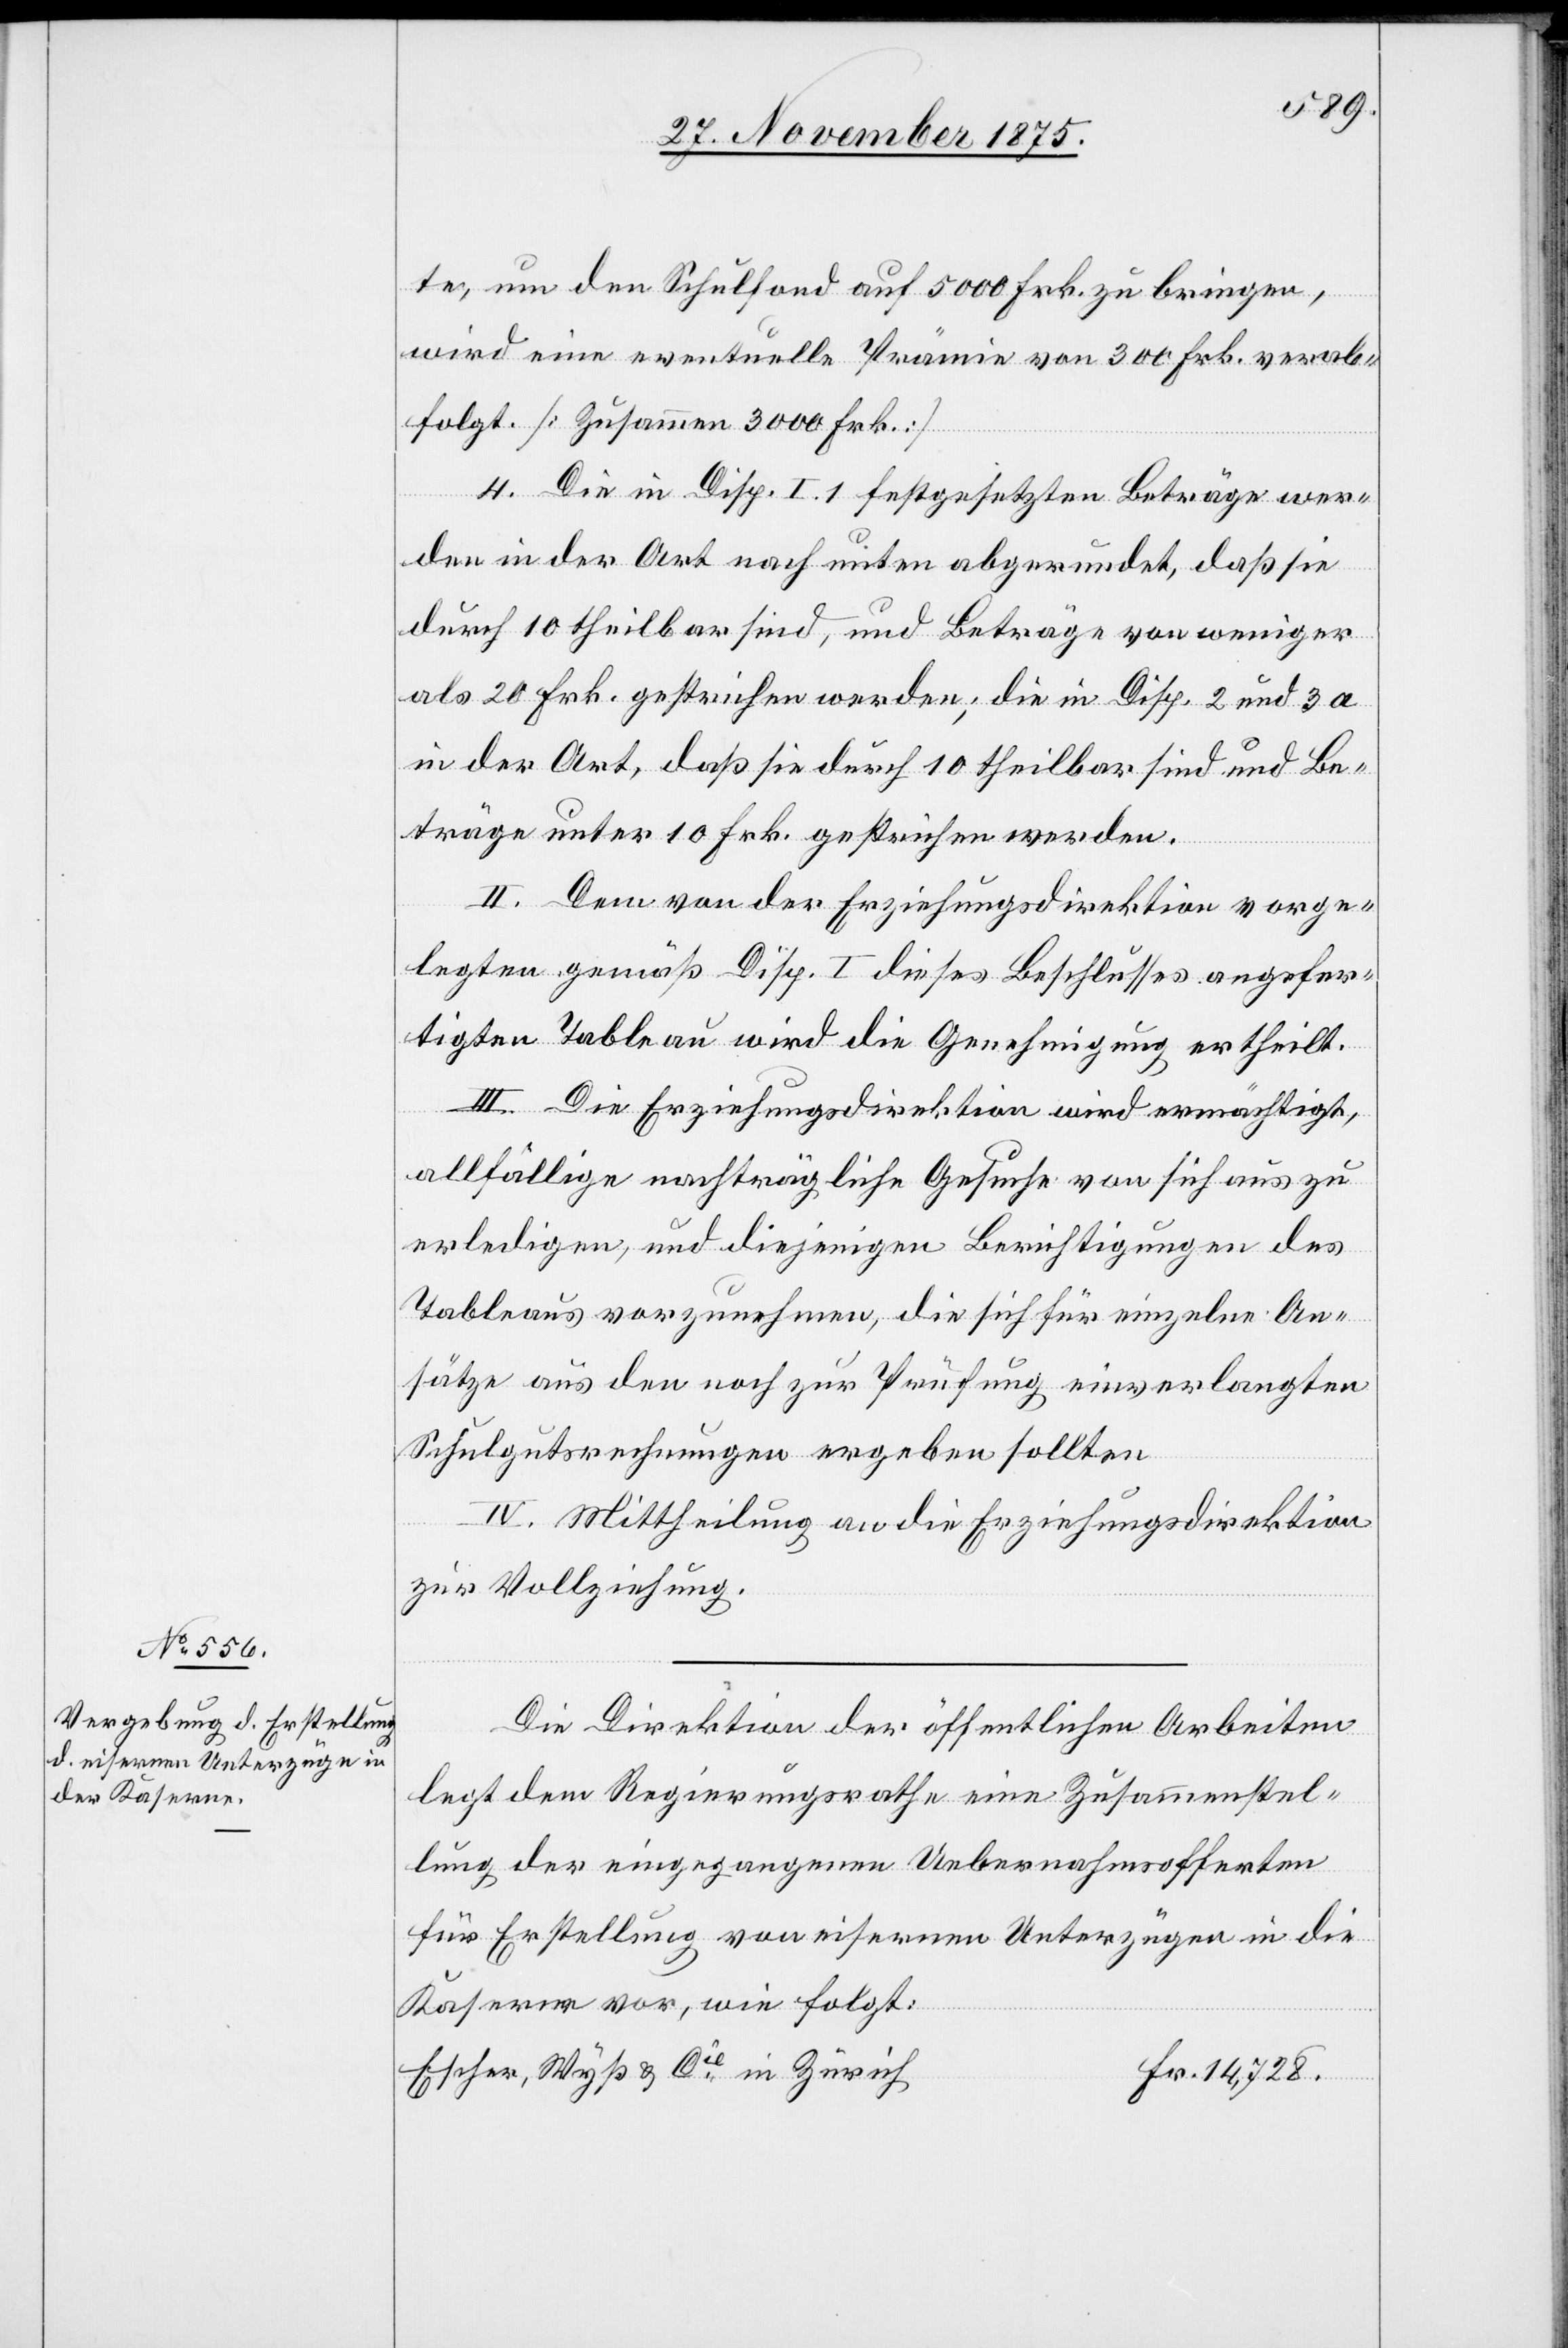
te, um den Schulfond auf 5000 Frk. zu bringen,
wird eine eventuelle Prämie von 300 Frk. verab¬
folgt. [Zusammen 3000 Frk.]
4. Die in Disp. I. 1 festgesetzten Beträge wer¬
den in der Art nach unten abgerundet, daß sie
durch 10 theilbar sind, und Beträge von weniger
als 20 Frk. gestrichen werden; die in Disp. 2 und 3a
in der Art, daß sie durch 10 theilbar sind und Be¬
träge unter 10 Frk. gestrichen werden.
II. Dem von der Erziehungsdirektion vorge¬
legten gemäß Disp. I dieses Beschlusses angefer¬
tigten Tableau wird die Genehmigung ertheilt.
III. Die Erziehungsdirektion wird ermächtigt,
allfällige nachträgliche Gesuche von sich aus zu
erledigen, und diejenigen Berichtigungen des
Tableaus vorzunehmen, die sich für einzelne An¬
sätze aus den noch zur Prüfung einverlangten
Schulgutsrechnungen ergeben sollten.
IV. Mittheilungen an die Erziehungsdirektion
zur Vollziehung.
Die Direktion der öffentlichen Arbeiten
legt dem Regierungsrathe eine Zusammenstel¬
lung der eingegangenen Uebernahmsofferten
für Erstellung von eisernen Unterzügen in die
Kaserne vor, wie folgt:
Escher, Wyß & Cie in Zürich